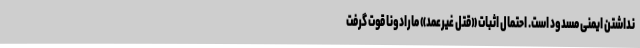
نداشتن ایمنی مسدود است. احتمال اثبات «قتل غیرعمد» مارادونا قوت گرفت